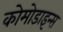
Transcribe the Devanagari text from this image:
कोमोडाइन्स